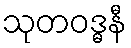
သုတဝဒ္ဓနီ